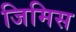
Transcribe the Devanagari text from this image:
जिमिस